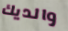
والديك